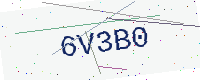
Text: 6V3B0